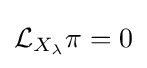
{\mathcal {L}}_{X_{\lambda }}\pi =0